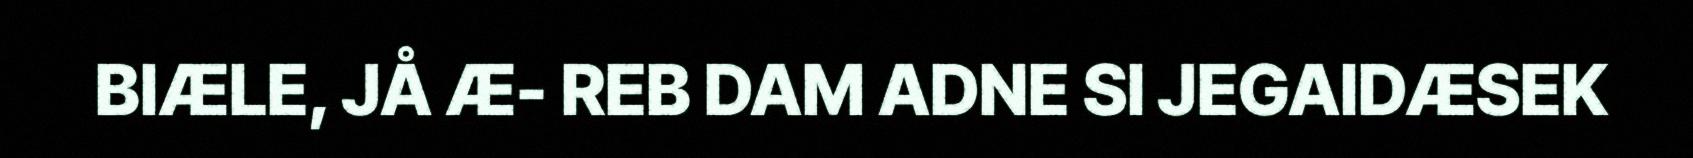
BIÆLE, JÅ Æ- REB DAM ADNE SI JEGAIDÆSEK